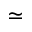
\simeq